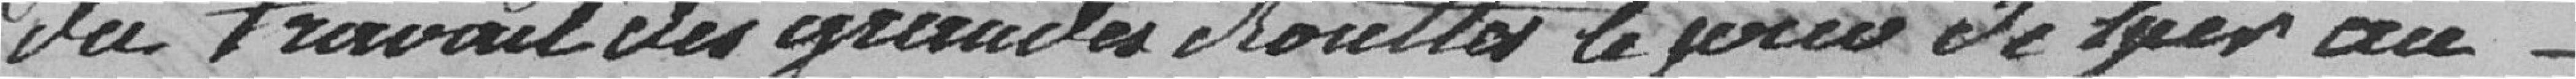
du travail des grandes chouttes le jour de hier au